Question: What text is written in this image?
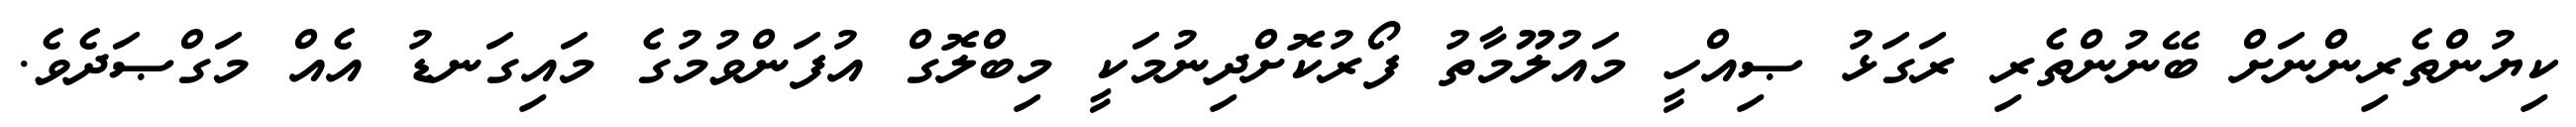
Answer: ކިޔުންތެރިންނަށް ބޭނުންތެރި ރަގަޅު ޞިއްހީ މައުލޫމާތު ފޯރުކޮށްދިނުމަކީ މިބްލޮގް އުފަންވުމުގެ މައިގަނޑު އެއް މަގްޞަދެވެ.